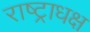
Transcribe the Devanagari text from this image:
राष्ट्राधक्ष